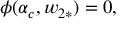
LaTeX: \phi ( \alpha _ { c } , w _ { 2 \ast } ) = 0 ,